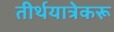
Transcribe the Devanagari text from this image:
तीर्थयात्रेकरू